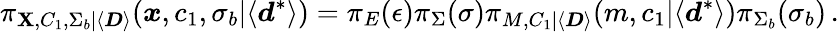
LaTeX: \pi_{\boldsymbol{\mathbf{X}},C_{1},\Sigma_{b}|\langle\boldsymbol{D}\rangle}(\boldsymbol{x},c_{1},\sigma_{b}|\langle\boldsymbol{d}^{*}\rangle)=\pi_{E}(\epsilon)\pi_{\Sigma}(\sigma)\pi_{M,C_{1}|\langle\boldsymbol{D}\rangle}(m,c_{1}|\langle\boldsymbol{d}^{*}\rangle)\pi_{\Sigma_{b}}(\sigma_{b})\, .